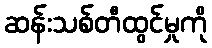
ဆန်းသစ်တီထွင်မှုကို